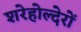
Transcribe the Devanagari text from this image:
शरेहोल्देरों